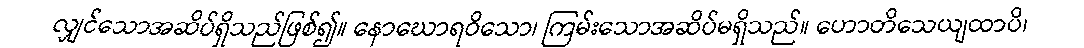
လျှင်သောအဆိပ်ရှိသည်ဖြစ်၍။ နောဃောရဝိသော၊ ကြမ်းသောအဆိပ်မရှိသည်။ ဟောတိသေယျထာပိ၊